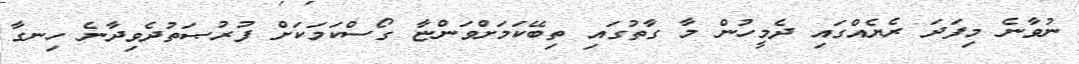
ނުވާނެ މިފަދަ ރެޔެއްގައި ދެމީހުން މާ ގާތުގައި ތިބޭކަމަށްވަންޏާ ގޯސްކަމަކަށް ފުރުޞަތުދެވިދާނެ ހިނގާ